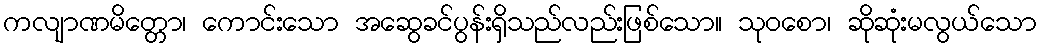
ကလျာဏမိတ္တော၊ ကောင်းသော အဆွေခင်ပွန်းရှိသည်လည်းဖြစ်သော။ သုဝစော၊ ဆိုဆုံးမလွယ်သော